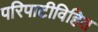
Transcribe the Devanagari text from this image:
परिपाटीविहित